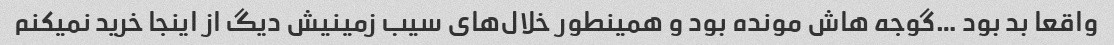
واقعا بد بود …گوجه هاش مونده بود و همینطور خلال‌های سیب زمینیش دیگ از اینجا خرید نمیکنم